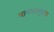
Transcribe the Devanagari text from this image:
मानवसमुदाय